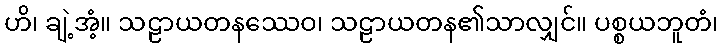
ဟိ၊ ချဲ့အံ့။ သဠာယတနဿေဝ၊ သဠာယတန၏သာလျှင်။ ပစ္စယဘူတံ၊